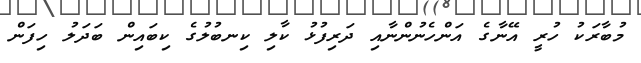
މުބާރަކު ހުރީ އޭނާގެ އަންހެނުންނާއި ދަރިފުޅު ކާލި ކިނބުލުގެ ކިބައިން ބަދަލު ހިފަން